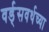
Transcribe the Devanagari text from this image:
वर्ड्‌सवर्थच्या